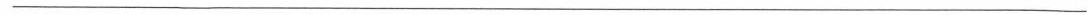
___